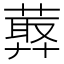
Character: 𦻡